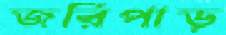
জরিপাড়